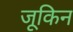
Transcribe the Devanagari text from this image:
जूकिन